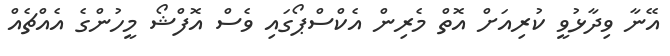
އޭނާ ވިދާޅުވީ ކުރިއަށް އޮތް މެރިން އެކްސްޕޯގައި ވެސް އޮފްޝޯ މީހުންގެ އެއްޗެއް